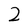
Character: 2